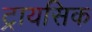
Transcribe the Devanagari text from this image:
ट्रायसिक